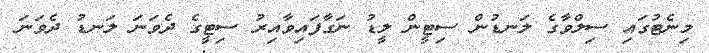
މިނެޓުގައި ސިލްވާގެ ލަނޑުން ސިޓީން ލީޑު ނަގާފައިވާއިރު ސިޓީގެ ދެވަނަ ލަނޑު ދެވަނަ